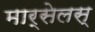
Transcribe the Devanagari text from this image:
मार्सेलस्